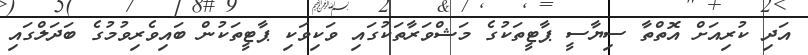
އަދި ކުރިއަށް އޮތްތާ ސިޔާސީ ޕާޓީތަކުގެ މަޝްވަރާތަކުގައި ވަކިވަކި ޕާޓީތަކުން ބައިވެރިވުމުގެ ބަދަލްގައި